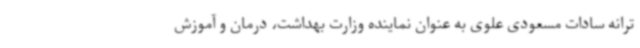
ترانه سادات مسعودی علوی به عنوان نماینده وزارت بهداشت، درمان و آموزش